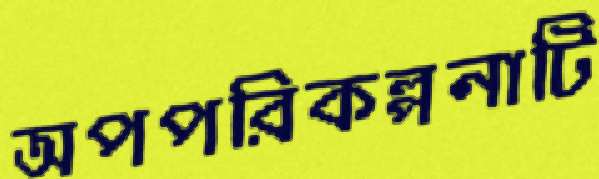
অপপরিকল্পনাটি